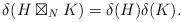
LaTeX: \begin{align*}\delta(H \boxtimes_N K) = \delta(H)\delta(K).\end{align*}